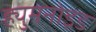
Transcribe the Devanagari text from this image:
ह्युमनोइड